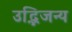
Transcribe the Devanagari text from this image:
उद्भिजन्य